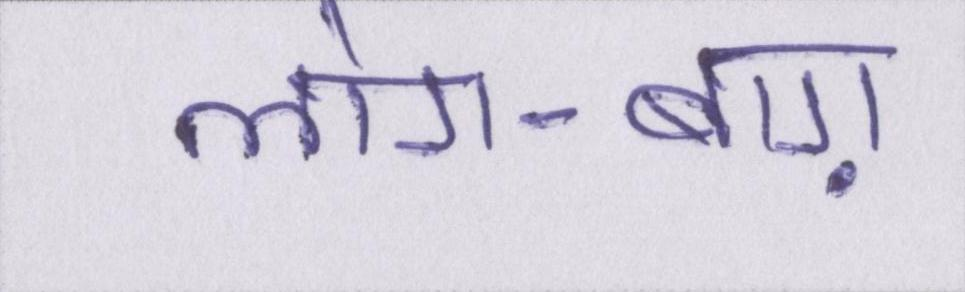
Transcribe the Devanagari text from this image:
लोग-बाग़